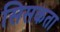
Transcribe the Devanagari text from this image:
सिसकता